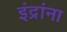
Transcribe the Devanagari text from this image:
इंद्रांना